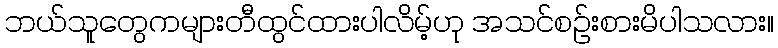
ဘယ်သူတွေကများတီထွင်ထားပါလိမ့်ဟု အသင်စဉ်းစားမိပါသလား။